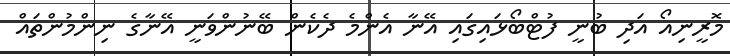
މޮރީނިއޯ އަދި ބުނީ ފުޓްބޯޅައިގައި އޭނާ އެންމެ ދެކެން ބޭނުންވަނީ އޭނާގެ ނިންމުންތައް